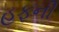
હફની